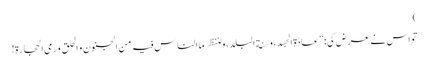
)
تو اس نے عرض کی: ”عادة الجسد، و سنة البلد، و لننظر ما الناس فیہ من الجنون و الحلق و رمی الحجارة!